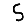
Digit: 5